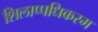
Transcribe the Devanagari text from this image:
शिलाप्पधिकरम